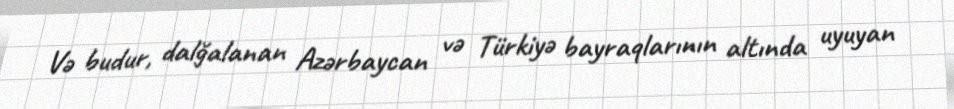
Və budur, dalğalanan Azərbaycan və Türkiyə bayraqlarının altında uyuyan